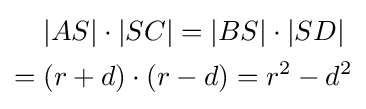
{\begin{aligned}&|AS|\cdot |SC|=|BS|\cdot |SD|\\={}&(r+d)\cdot (r-d)=r^{2}-d^{2}\end{aligned}}